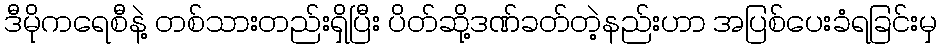
ဒီမိုကရေစီနဲ့ တစ်သားတည်းရှိပြီး ပိတ်ဆို့ဒဏ်ခတ်တဲ့နည်းဟာ အပြစ်ပေးခံရခြင်းမှ